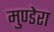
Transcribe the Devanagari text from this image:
मुण्डेरा